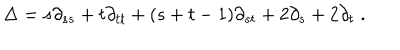
LaTeX: \Delta = s \partial _ { s s } + t \partial _ { t t } + ( s + t - 1 ) \partial _ { s t } + 2 \partial _ { s } + 2 \partial _ { t } \; .